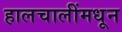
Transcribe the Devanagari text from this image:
हालचालींमधून